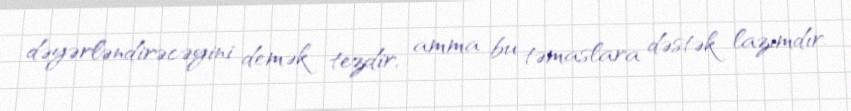
dəyərləndirəcəyini demək tezdir, amma bu təmaslara dəstək lazımdır.